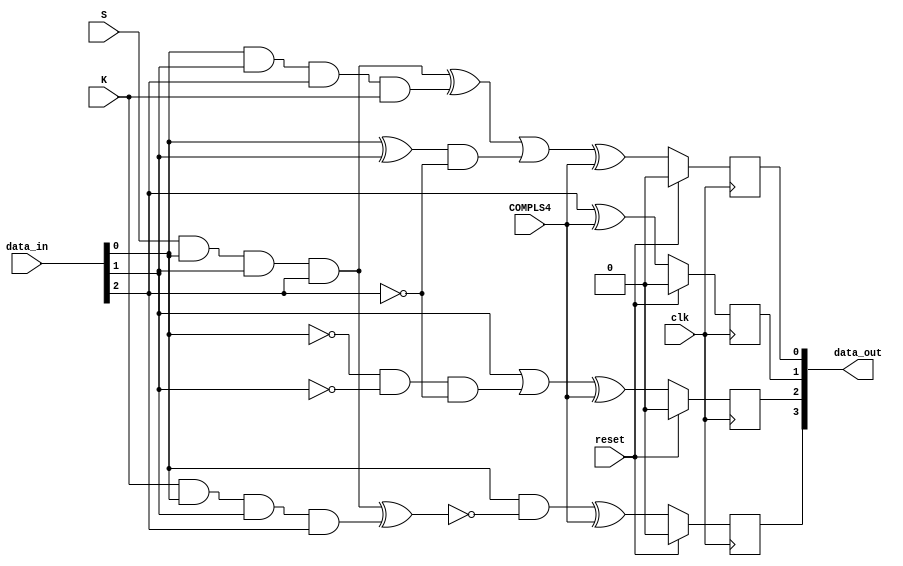
module fcn3b4b(
    input clk, 
    input reset,
    input [2:0] data_in,
    input S,
    input K,
    input COMPLS4,
    output [3:0] data_out
    );
    wire H, G, F;
    assign {H, G, F} = data_in;
    reg f, g, h, j;
    /* Transformation of 3 input bits FGH into the 4 fghj */
    always @(posedge clk)
    begin
        if (reset) begin 
            f <= 0;
            g <= 0;
            h <= 0;
            j <= 0;
        end else begin 
            f <= (F & ~((S & F & G & H) ^ (K & F & G & H))) ^ COMPLS4; 
            g <= (G | (~F & ~G & ~H)) ^ COMPLS4;
            h <= H ^ COMPLS4; 
            j <= (( (S & F & G & H) ^ (F & G & H & K) ) | ((F ^ G) & ~H)) ^ COMPLS4;
        end
    end
    assign data_out = {f, g, h, j};
endmodule